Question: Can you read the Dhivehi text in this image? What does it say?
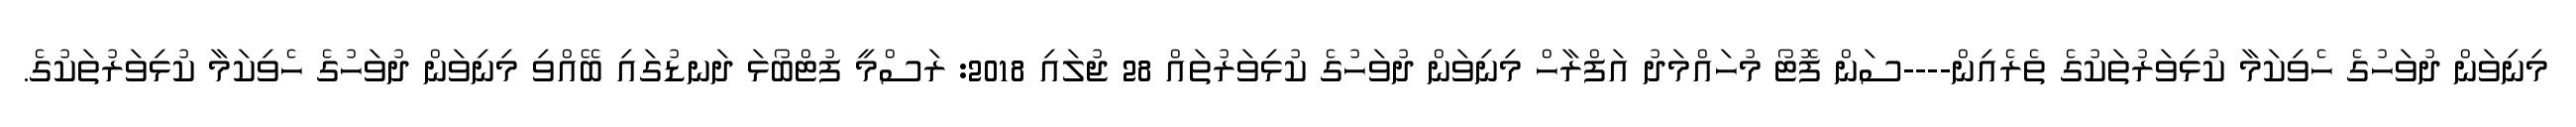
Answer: މިނިވަން ދުވަހުގެ ހެވިކަމާ ކުޅިވަރުތަކުގެ ތެރެއިން----ސަން ފޮޓޯ މުހައްމަދު އަފްރާހް މިނިވަން ދުވަހުގެ ކުޅިވަރުތައް 28 ޖުލައި 2018: ރަސްމީ ފުޓްބޯޅަ ދަނޑުގައި ބޭއްވި މިނިވަން ދުވަހުގެ ހެވިކަމާ ކުޅިވަރުތަކުގެ.